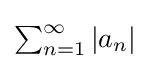
{\textstyle \sum _{n=1}^{\infty }\left|a_{n}\right|}